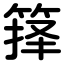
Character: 箨